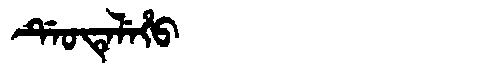
Manchu: ᡩᡝᠣᡨᡝᠯᡝᡥᠣ
Romanization: DEOTELEHO